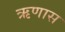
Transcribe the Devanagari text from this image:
ऋणास